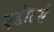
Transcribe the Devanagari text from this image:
एडीटर्स